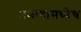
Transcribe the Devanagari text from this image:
प्रभागामध्येच